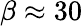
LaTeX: \beta\approx 30